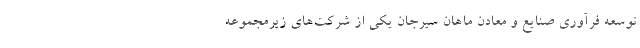
توسعه فرآوری صنایع و معادن ماهان سیرجان یکی از شرکت‌های زیرمجموعه